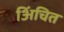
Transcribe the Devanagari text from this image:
अिंचित